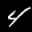
Label: 4